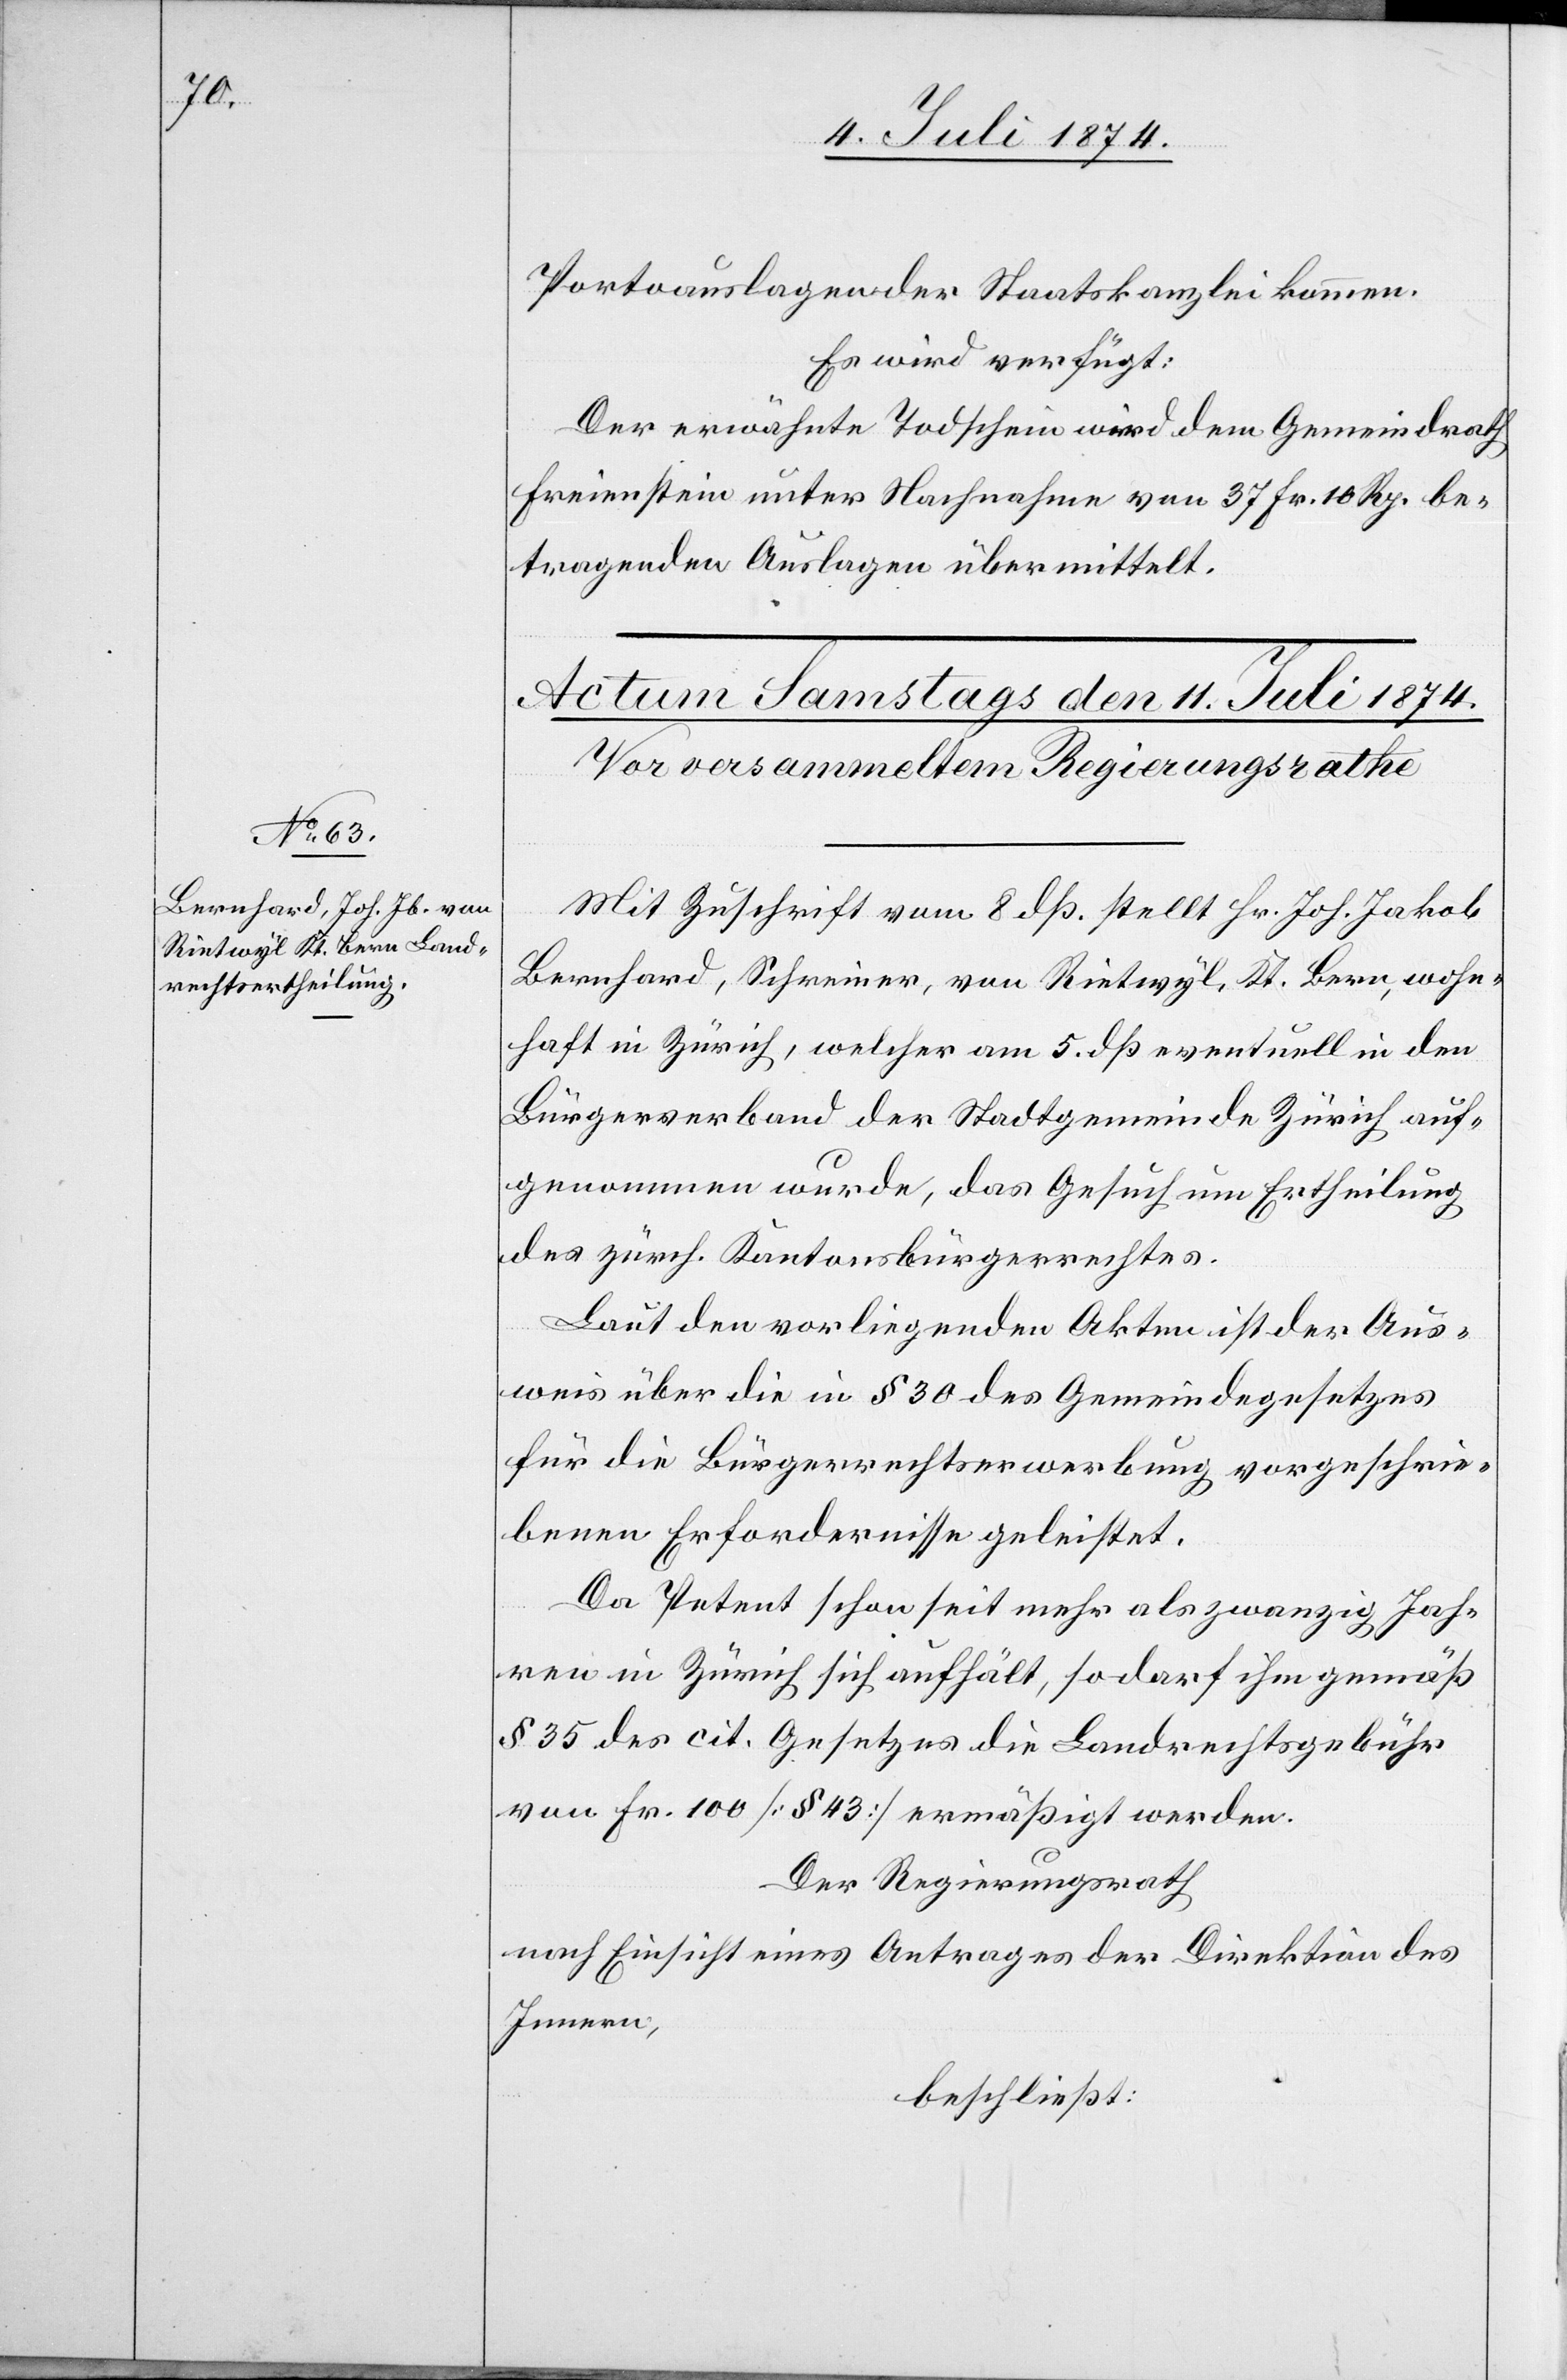
Portoauslagen der Staatskanzlei kommen.
Es wird verfügt:
Der erwähnte Todschein wird dem Gemeindrath
Freienstein unter Nachnahme von 37. Fr. 10 Rp. be¬
tragenden Auslagen übermittelt.
Mit Zuschrift vom 8. dß. stellt Hr. Joh. Jakob
Bernhard, Schreiner, von Rietwyl, Kt. Bern, wohn¬
haft in Zürich, welcher am 5. dß eventuell in den
Bürgerverband der Stadtgemeinde Zürich auf¬
genommen wurde, das Gesuch um Ertheilung
des zürch. Kantonsbürgerrechtes.
Laut den vorliegenden Akten ist der Aus¬
weis über die in § 30 des Gemeindegesetzes
für die Bürgerrechtserwerbung vorgeschrie¬
benen Erfordernisse geleistet.
Da Petent schon seit mehr als zwanzig Jah¬
ren in Zürich sich aufhält, so darf ihm gemäß
§ 35 des cit. Gesetzes die Landrechtsgebühr
von Fr. 100 [§ 43] ermäßigt werden.
Der Regierungsrath
nach Einsicht eines Antrages der Direktion des
Innern,
beschließt: